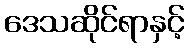
ဒေသဆိုင်ရာနှင့်